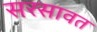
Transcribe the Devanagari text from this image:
सरसावत